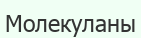
Молекуланы